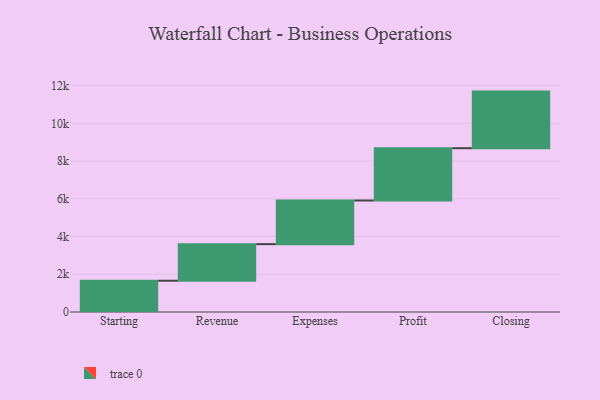
{"axis": {"x": "Step", "y": "Value"}, "legend": [""], "data": [{"x": "Starting", "y": 1657.0, "type": ""}, {"x": "Revenue", "y": 1940.0, "type": ""}, {"x": "Expenses", "y": 2313.0, "type": ""}, {"x": "Profit", "y": 2772.0, "type": ""}, {"x": "Closing", "y": 3000, "type": ""}]}